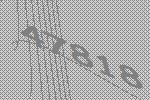
47818